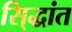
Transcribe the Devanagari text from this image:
सि्द्धांत